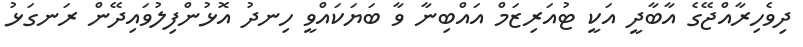
ދިވެހިރާއްޖޭގެ އާބާދީ އަކީ ޓުއަރިޒަމް އައްބިނާ ވާ ބަޔަކައްވީ ހިނދު އޮޅުންފިލުވައިދޭން ރަނގަޅު